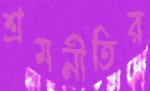
শ্রমনীতির